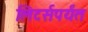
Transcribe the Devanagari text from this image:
लिटर्सपर्यंत